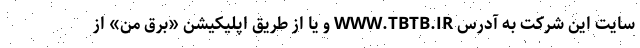
سایت این شرکت به آدرس WWW.TBTB.IR و یا از طریق اپلیکیشن «برق من» از